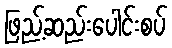
ဖြည့်ဆည်းပေါင်းစပ်